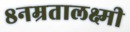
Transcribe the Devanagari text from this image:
८नम्रतालक्ष्मी